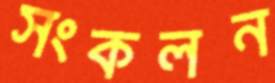
সংকলন